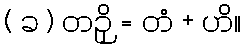
( ခ ) တဉှိ = တံ + ဟိ။